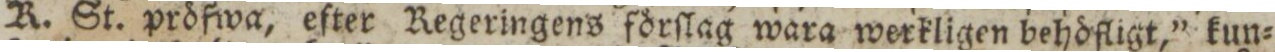
R. St. pröfwa, efter Regeringens förſlag wara werkligen behöfligt,” kun=